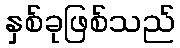
နှစ်ခုဖြစ်သည်